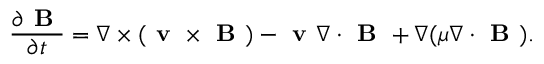
\frac { \partial \textbf { B } } { \partial t } = \nabla \times ( \textbf { v } \times \textbf { B } ) - \textbf { v } \nabla \cdot \textbf { B } + \nabla ( \mu \nabla \cdot \textbf { B } ) .